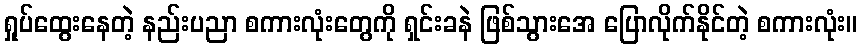
ရှုပ်ထွေးနေတဲ့ နည်းပညာ စကားလုံးတွေကို ရှင်းခနဲ ဖြစ်သွားအေ ပြောလိုက်နိုင်တဲ့ စကားလုံး။